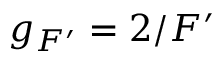
g _ { F ^ { \prime } } = 2 / F ^ { \prime }